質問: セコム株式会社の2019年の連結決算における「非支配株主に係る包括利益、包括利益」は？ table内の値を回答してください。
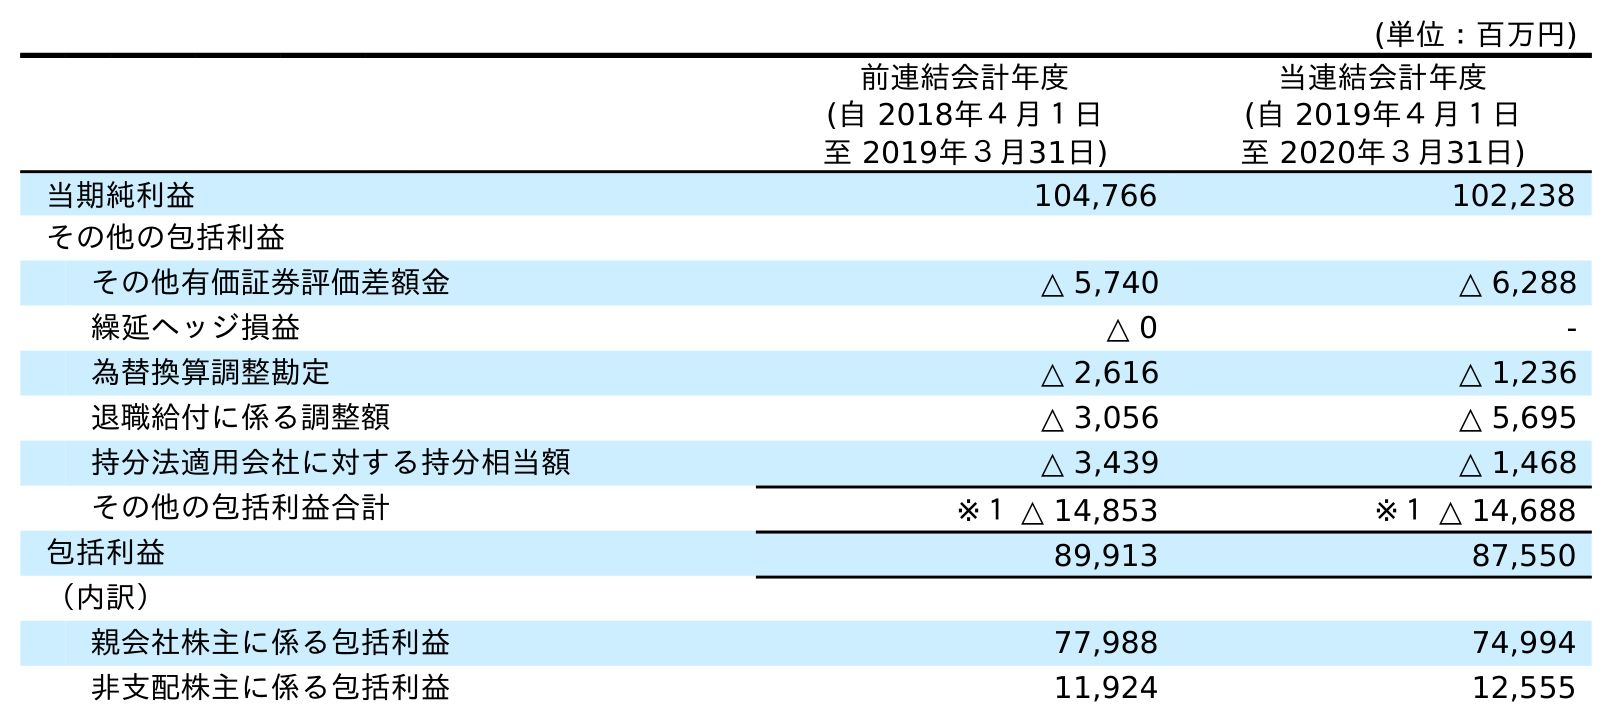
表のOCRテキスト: (単位：百万円) 前連結会計年度 (自 2018年４月１日 至 2019年３月31日) 当連結会計年度 (自 2019年４月１日 至 2020年３月31日) 当期純利益 104,766 102,238 その他の包括利益 その他有価証券評価差額金 △ 5,740 △ 6,288 繰延ヘッジ損益 △ 0 - 為替換算調整勘定 △ 2,616 △ 1,236 退職給付に係る調整額 △ 3,056 △ 5,695 持分法適用会社に対する持分相当額 △ 3,439 △ 1,468 その他の包括利益合計 ※１ △ 14,853 ※１ △ 14,688 包括利益 89,913 87,550 （内訳） 親会社株主に係る包括利益 77,988 74,994 非支配株主に係る包括利益 11,924 12,555
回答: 11,924